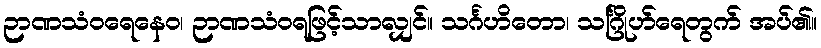
ဉာဏသံဝရေနေဝ၊ ဉာဏသံဝရဖြင့်သာလျှင်။ သင်္ဂဟိတော၊ သင်္ဂြိုဟ်ရေတွက် အပ်၏။